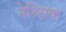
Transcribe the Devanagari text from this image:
नेश्र्सिक